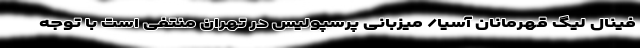
فینال لیگ قهرمانان آسیا/ میزبانی پرسپولیس در تهران منتفی است با توجه